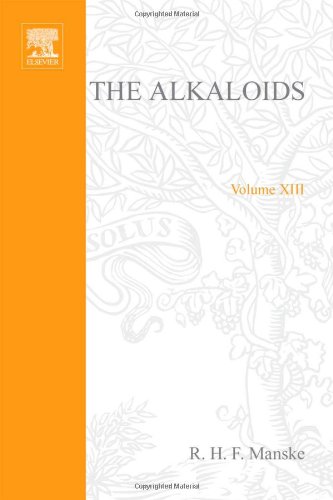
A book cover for The Alkaloids: Chemistry and Physiology  V13, Volume 13; Science & Math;